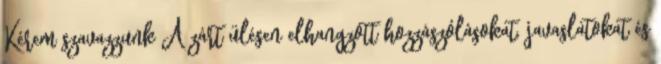
Kérem szavazzunk A zárt ülésen elhangzott hozzászólásokat, javaslatokat és